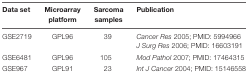
<table><thead><tr><td><b>Data set</b></td><td><b>Microarray platform</b></td><td><b>Sarcoma samples</b></td><td><b>Publication</b></td></tr></thead><tbody><tr><td rowspan="2">GSE2719</td><td rowspan="2">GPL96</td><td rowspan="2">39</td><td><i>Cancer Res</i> 2005; PMID: 5994966</td></tr><tr><td><i>J Surg Res</i> 2006; PMID: 16603191</td></tr><tr><td>GSE6481</td><td>GPL96</td><td>105</td><td><i>Mod Pathol</i> 2007; PMID: 17464315</td></tr><tr><td>GSE967</td><td>GPL91</td><td>23</td><td><i>Int J Cancer</i> 2004; PMID: 15146558</td></tr></tbody></table>